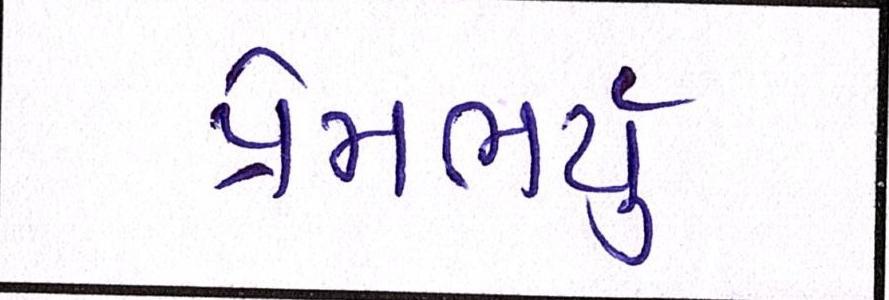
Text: પ્રેમભર્યું